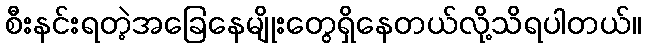
စီးနင်းရတဲ့အခြေနေမျိုးတွေရှိနေတယ်လို့သိရပါတယ်။